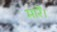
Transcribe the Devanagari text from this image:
मारें।